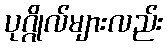
ပုဂ္ဂိုလ်များလည်း